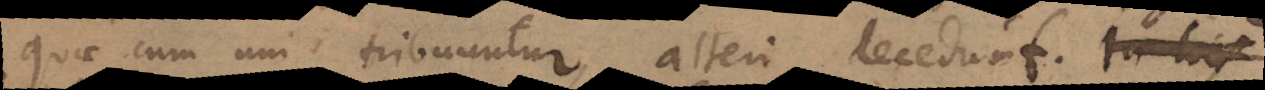
quae cum uni tribuuntur, alteri decedunt. In his